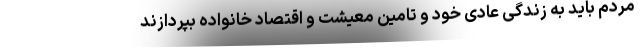
مردم باید به زندگی عادی خود و تامین معیشت و اقتصاد خانواده بپردازند